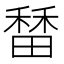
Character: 𬓷